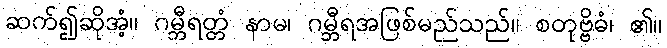
ဆက်၍ဆိုအံ့။ ဂမ္ဘီရတ္တံ နာမ၊ ဂမ္ဘီရအဖြစ်မည်သည်။ စတုဗ္ဗိဓံ၊ ၏။